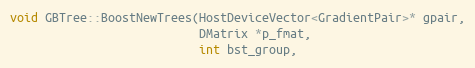
Language: C++
void GBTree::BoostNewTrees(HostDeviceVector<GradientPair>* gpair,
                           DMatrix *p_fmat,
                           int bst_group,